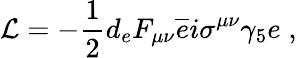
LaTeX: {\cal L}=-\frac{1}{2}d_{e}F_{\mu\nu}\overline{{{e}}}i\sigma^{\mu\nu}\gamma_{5}e\; ,